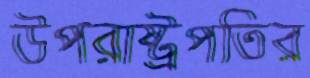
উপরাষ্ট্রপতির